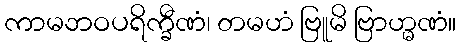
ကာမဘဝပရိက္ခီဏံ၊ တမဟံ ဗြူမိ ဗြာဟ္မဏံ။